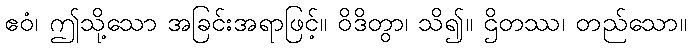
ဧဝံ၊ ဤသို့သော အခြင်းအရာဖြင့်။ ဝိဒိတွာ၊ သိ၍။ ဌိတဿ၊ တည်သော။